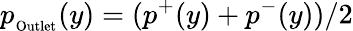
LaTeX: p_{_\mathrm{Outlet}}(y)=(p^{+}(y)+p^{-}(y))/2